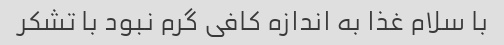
با سلام غذا به اندازه کافی گرم نبود با تشکر